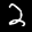
Label: 2